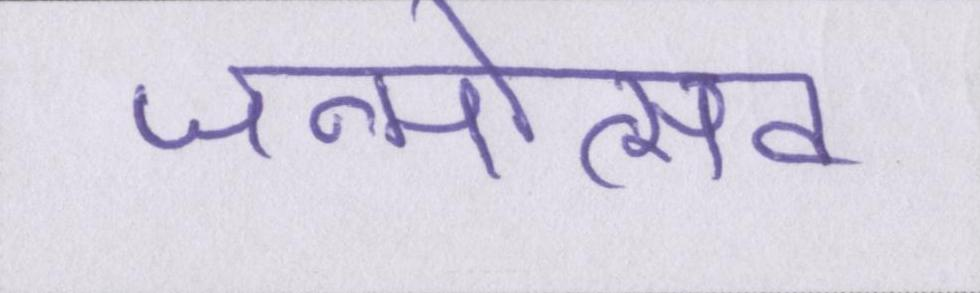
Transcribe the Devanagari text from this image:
जन्मोत्सव